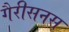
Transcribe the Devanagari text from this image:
गैरीसनस